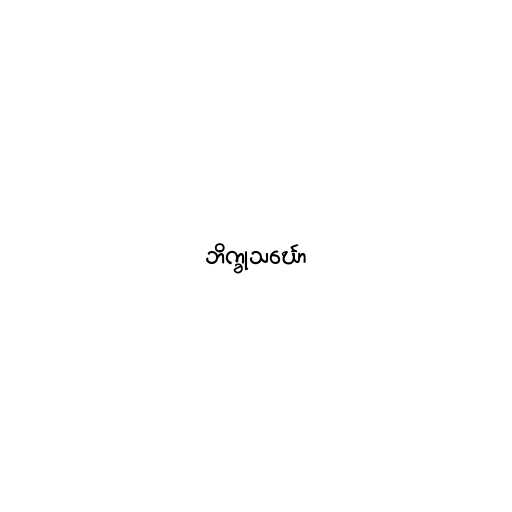
ဘိက္ခုသင်္ဃော